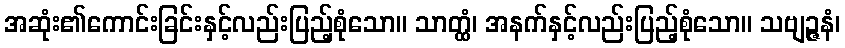
အဆုံး၏ကောင်းခြင်းနှင့်လည်းပြည့်စုံသော။ သာတ္ထံ၊ အနက်နှင့်လည်းပြည့်စုံသော။ သဗျဉ္ဇနံ၊